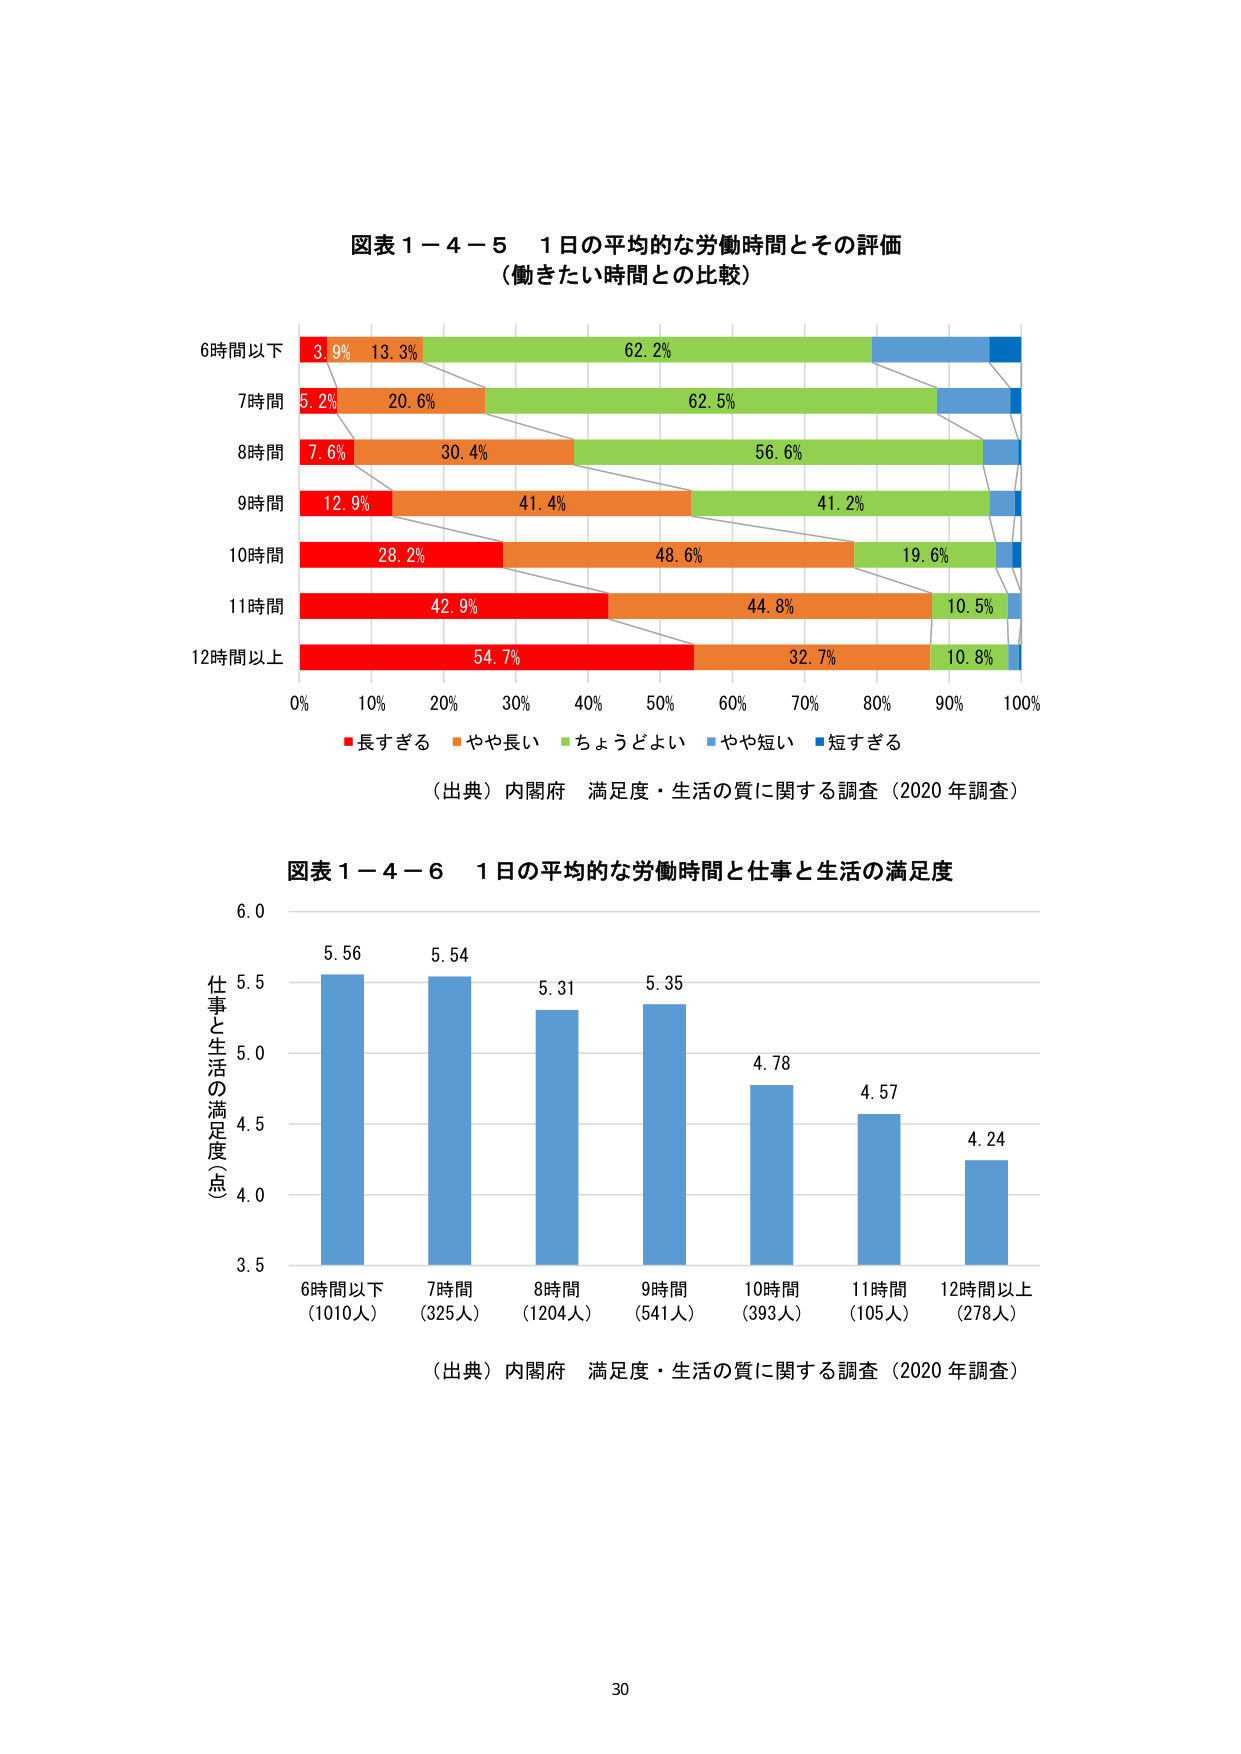
図表１－４－５　１日の平均的な労働時間とその評価
（働きたい時間との比較）

6時間以下　3.9%　13.3%　62.2%
7時間　5.2%　20.6%　62.5%
8時間　7.6%　30.4%　56.6%
9時間　12.9%　41.4%　41.2%
10時間　28.2%　48.6%　19.6%
11時間　42.9%　44.8%　10.5%
12時間以上　54.7%　32.7%　10.8%

0%　10%　20%　30%　40%　50%　60%　70%　80%　90%　100%

■長すぎる　■やや長い　■ちょうどよい　■やや短い　■短すぎる

（出典）内閣府　満足度・生活の質に関する調査（2020年調査）

図表１－４－６　１日の平均的な労働時間と仕事と生活の満足度

仕事と生活の満足度（点）
6.0
5.5　5.56　5.54　5.31　5.35　4.78　4.57　4.24
5.0
4.5
4.0
3.5

6時間以下（1010人）　7時間（325人）　8時間（1204人）　9時間（541人）　10時間（393人）　11時間（105人）　12時間以上（278人）

（出典）内閣府　満足度・生活の質に関する調査（2020年調査）

30